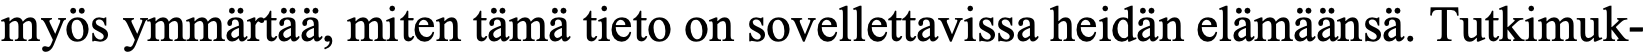
myös ymmärtää, miten tämä tieto on sovellettavissa heidän elämäänsä. Tutkimuk-